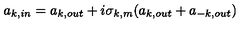
a _ { k , i n } = a _ { k , o u t } + i \sigma _ { k , m } ( a _ { k , o u t } + a _ { - k , o u t } )